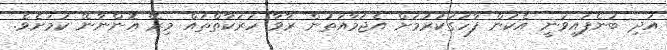
އަދި ބުނެފައިވަނީ އެކަން ފާހަގަކުރުމަށް އެޖަމާއަތުން ރާވާ ހަރަކާތްތައް މިރޭ އޮންނާނޭ ކަމަށެވެ.